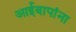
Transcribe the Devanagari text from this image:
आईबापांना